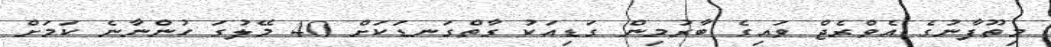
މިތޫފާނުގެ އެވްރެޖް ވައިގެ ބާރުމިން ގަޑިއަކު ގާތްގަނޑަކަށް 40 މޭލުގަ ހުންނާނެ ކަމަށް